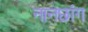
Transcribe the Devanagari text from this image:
नानछांग